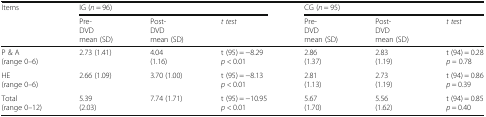
| <ROWSPAN=2> Items | <COLSPAN=3> IG (n = 96) | <COLSPAN=3> CG (n = 95) |
 | Pre-DVDmean (SD) | Post-DVDmean (SD) | t test | Pre-DVDmean (SD) | Post-DVDmean (SD) | t test |
 | --- | --- | --- | --- | --- | --- | --- |
 | P & A(range 0–6) | 2.73 (1.41) | 4.04(1.16) | t (95) = −8.29p < 0.01 | 2.86(1.37) | 2.83(1.19) | t (94) = 0.28p = 0.78 |
 | HE(range 0–6) | 2.66 (1.09) | 3.70 (1.00) | t (95) = −8.13p < 0.01 | 2.81(1.13) | 2.73(1.19) | t (94) = 0.86p = 0.39 |
 | Total(range 0–12) | 5.39(2.03) | 7.74 (1.71) | t (95) = −10.95p < 0.01 | 5.67(1.70) | 5.56(1.62) | t (94) = 0.85p = 0.40 |